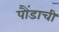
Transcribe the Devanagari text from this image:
पौंडाची